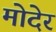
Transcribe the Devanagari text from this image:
मोदेर